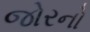
જોરનો